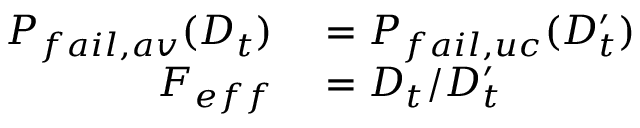
\begin{array} { r l } { P _ { f a i l , a v } ( D _ { t } ) } & { { } = P _ { f a i l , u c } ( D _ { t } ^ { \prime } ) } \\ { F _ { e f f } } & { { } = D _ { t } / D _ { t } ^ { \prime } } \end{array}